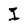
Character: I